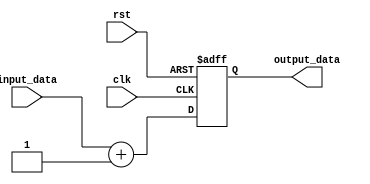
module behavioral_modeling_block (
    input wire clk,
    input wire rst,
    input wire [7:0] input_data,
    output reg [7:0] output_data
);

always @(posedge clk or negedge rst) begin
    if (rst == 1'b0) begin
        // Reset state
        output_data <= 8'h00;
    end else begin
        // Logic operations based on input_data
        output_data <= input_data + 1;
    end
end

endmodule